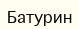
Батурин